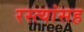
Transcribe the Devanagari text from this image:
रस्त्यांसह